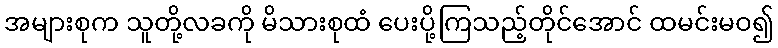
အများစုက သူတို့လခကို မိသားစုထံ ပေးပို့ကြသည့်တိုင်အောင် ထမင်းမဝ၍